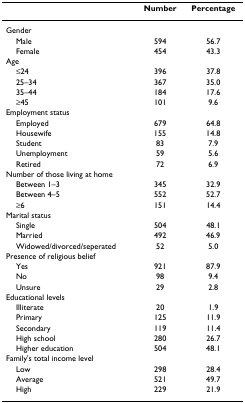
<table><thead><tr><td></td><td><b>Number</b></td><td><b>Percentage</b></td></tr></thead><tbody><tr><td>Gender</td><td></td><td></td></tr><tr><td> Male</td><td>594</td><td>56.7</td></tr><tr><td> Female</td><td>454</td><td>43.3</td></tr><tr><td>Age</td><td></td><td></td></tr><tr><td> ≤24</td><td>396</td><td>37.8</td></tr><tr><td> 25–34</td><td>367</td><td>35.0</td></tr><tr><td> 35–44</td><td>184</td><td>17.6</td></tr><tr><td> ≥45</td><td>101</td><td>9.6</td></tr><tr><td>Employment status</td><td></td><td></td></tr><tr><td> Employed</td><td>679</td><td>64.8</td></tr><tr><td> Housewife</td><td>155</td><td>14.8</td></tr><tr><td> Student</td><td>83</td><td>7.9</td></tr><tr><td> Unemployment</td><td>59</td><td>5.6</td></tr><tr><td> Retired</td><td>72</td><td>6.9</td></tr><tr><td>Number of those living at home</td><td></td><td></td></tr><tr><td> Between 1–3</td><td>345</td><td>32.9</td></tr><tr><td> Between 4–5</td><td>552</td><td>52.7</td></tr><tr><td> ≥6</td><td>151</td><td>14.4</td></tr><tr><td>Marital status</td><td></td><td></td></tr><tr><td> Single</td><td>504</td><td>48.1</td></tr><tr><td> Married</td><td>492</td><td>46.9</td></tr><tr><td> Widowed/divorced/seperated</td><td>52</td><td>5.0</td></tr><tr><td>Presence of religious belief</td><td></td><td></td></tr><tr><td> Yes</td><td>921</td><td>87.9</td></tr><tr><td> No</td><td>98</td><td>9.4</td></tr><tr><td> Unsure</td><td>29</td><td>2.8</td></tr><tr><td>Educational levels</td><td></td><td></td></tr><tr><td> Illiterate</td><td>20</td><td>1.9</td></tr><tr><td> Primary</td><td>125</td><td>11.9</td></tr><tr><td> Secondary</td><td>119</td><td>11.4</td></tr><tr><td> High school</td><td>280</td><td>26.7</td></tr><tr><td> Higher education</td><td>504</td><td>48.1</td></tr><tr><td>Family&#x27;s total income level</td><td></td><td></td></tr><tr><td> Low</td><td>298</td><td>28.4</td></tr><tr><td> Average</td><td>521</td><td>49.7</td></tr><tr><td> High</td><td>229</td><td>21.9</td></tr></tbody></table>